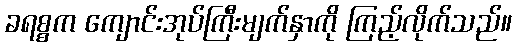
ခရစ္စက ကျောင်းအုပ်ကြီးမျက်နှာကို ကြည့်လိုက်သည်။